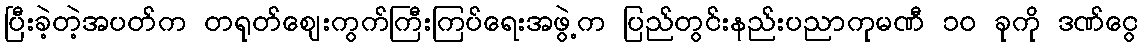
ပြီးခဲ့တဲ့အပတ်က တရုတ်ဈေးကွက်ကြီးကြပ်ရေးအဖွဲ့က ပြည်တွင်းနည်းပညာကုမဏီ ၁၀ ခုကို ဒဏ်ငွေ